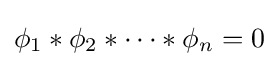
\phi _{1}*\phi _{2}*\cdots *\phi _{n}=0